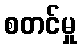
စတင်မှု